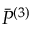
\bar { P } ^ { ( 3 ) }